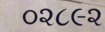
૦૨૮૯૨